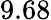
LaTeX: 9.68